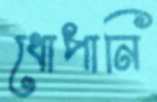
ধোপানি